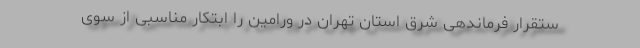
ستقرار فرماندهی شرق استان تهران در ورامین را ابتکار مناسبی از سوی